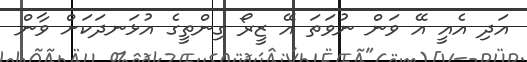
އަދި އެއީ އޭ ވަން ނުވަތަ އޭ ޒީރޯ ގިންތީގެ އުޅަނދަކަށް ވާން